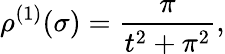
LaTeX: \rho^{(1)}(\sigma)=\frac{\pi}{t^{2}+\pi^{2}},